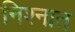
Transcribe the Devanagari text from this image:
निश्नात